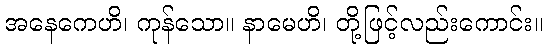
အနေကေဟိ၊ ကုန်သော။ နာမေဟိ၊ တို့ဖြင့်လည်းကောင်း။